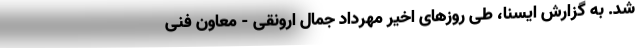
شد. به گزارش ایسنا، طی روزهای اخیر مهرداد جمال ارونقی - معاون فنی